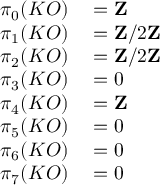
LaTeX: \begin{array} { r l } { \pi _ { 0 } ( K O ) } & { { } = \mathbf { Z } } \\ { \pi _ { 1 } ( K O ) } & { { } = \mathbf { Z } / 2 \mathbf { Z } } \\ { \pi _ { 2 } ( K O ) } & { { } = \mathbf { Z } / 2 \mathbf { Z } } \\ { \pi _ { 3 } ( K O ) } & { { } = 0 } \\ { \pi _ { 4 } ( K O ) } & { { } = \mathbf { Z } } \\ { \pi _ { 5 } ( K O ) } & { { } = 0 } \\ { \pi _ { 6 } ( K O ) } & { { } = 0 } \\ { \pi _ { 7 } ( K O ) } & { { } = 0 } \end{array}